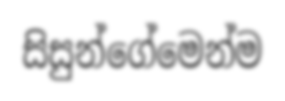
සිසුන්ගේමෙන්ම